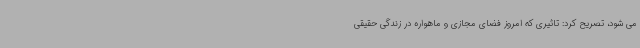
می شود، تصریح کرد: تاثیری که امروز فضای مجازی و ماهواره در زندگی حقیقی